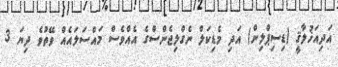
އަދިއަޚުލާޤީ (ޑިސިޕްލިން) އަދި މެޑިކަލް ނެގްލިޖެންސްގެ އެއްވެސް މައްސަލައެއް ވޭތުވެ ދިޔަ 3